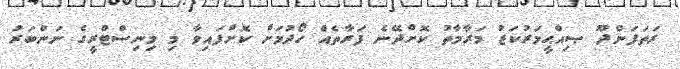
ރަތަފަންދޫ ޞިއްޙީމަރުކަޒު މަރާމާތު ކޮށްދޭނެ ފަރާތެއް ހޯދުމަށް ކޮށްފައިވާ މި މިނިސްޓްރީގެ ނަންބަރު